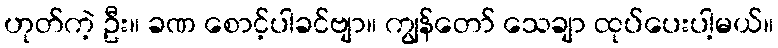
ဟုတ်ကဲ့ ဦး။ ခဏ စောင့်ပါခင်ဗျာ။ ကျွန်တော် သေချာ ထုပ်ပေးပါ့မယ်။